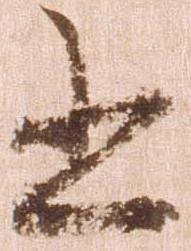
書